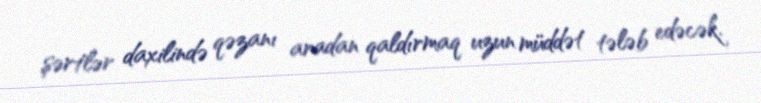
şərtlər daxilində qəzanı aradan qaldırmaq uzun müddət tələb edəcək.